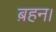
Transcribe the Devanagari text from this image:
ब़हन।